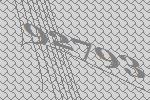
92793